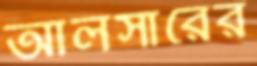
আলসারের